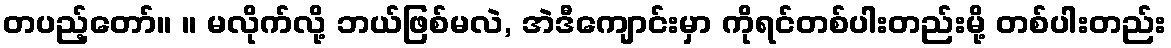
တပည့်တော်။ ။ မလိုက်လို့ ဘယ်ဖြစ်မလဲ, အဲဒီကျောင်းမှာ ကိုရင်တစ်ပါးတည်းမို့ တစ်ပါးတည်း